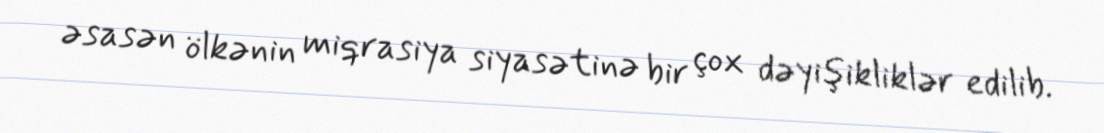
əsasən ölkənin miqrasiya siyasətinə bir çox dəyişikliklər edilib.